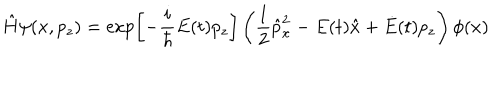
\hat { H } \psi ( x , p _ { z } ) = \exp \left[ - \frac { i } { \hbar } E ( t ) p _ { z } \right] \left( \frac { 1 } { 2 } \hat { p } _ { x } ^ { 2 } - E ( t ) \hat { x } + \dot { E } ( t ) p _ { z } \right) \phi ( x )